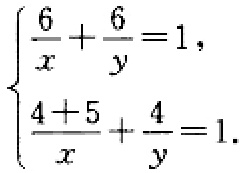
$\begin{cases}

\frac{6}{x}+\frac{6}{y}=1,\\

\frac{4 + 5}{x}+\frac{4}{y}=1.

\end{cases}$